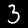
Digit: 3